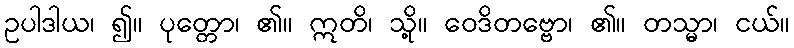
ဥပါဒါယ၊ ၍။ ပုတ္တော၊ ၏။ ဣတိ၊ သို့။ ဝေဒိတဗ္ဗော၊ ၏။ တသ္မာ၊ ငယ်။